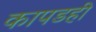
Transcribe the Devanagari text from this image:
कापडही